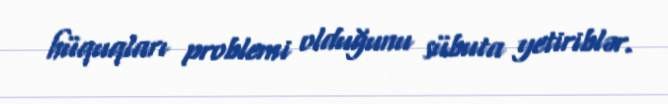
hüquqları problemi olduğunu sübuta yetiriblər.